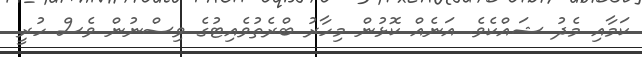
ކަމާއި މެދު ޝައްކެވެ. އަނެއް ކޮޅުން މިހާރު ބްރެތުވެއިޓުގެ ވިސްނުން ވެސް ހުރީ